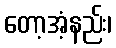
တော့အံ့နည်း၊